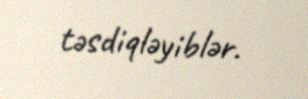
təsdiqləyiblər.